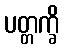
ပတ္တက္ခိ